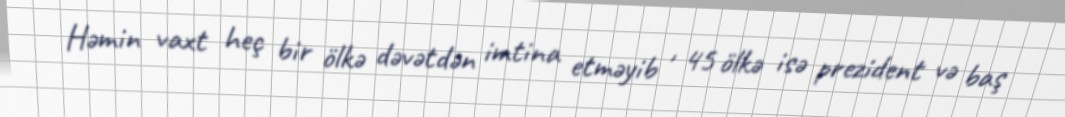
Həmin vaxt heç bir ölkə dəvətdən imtina etməyib , 45 ölkə isə prezident və baş